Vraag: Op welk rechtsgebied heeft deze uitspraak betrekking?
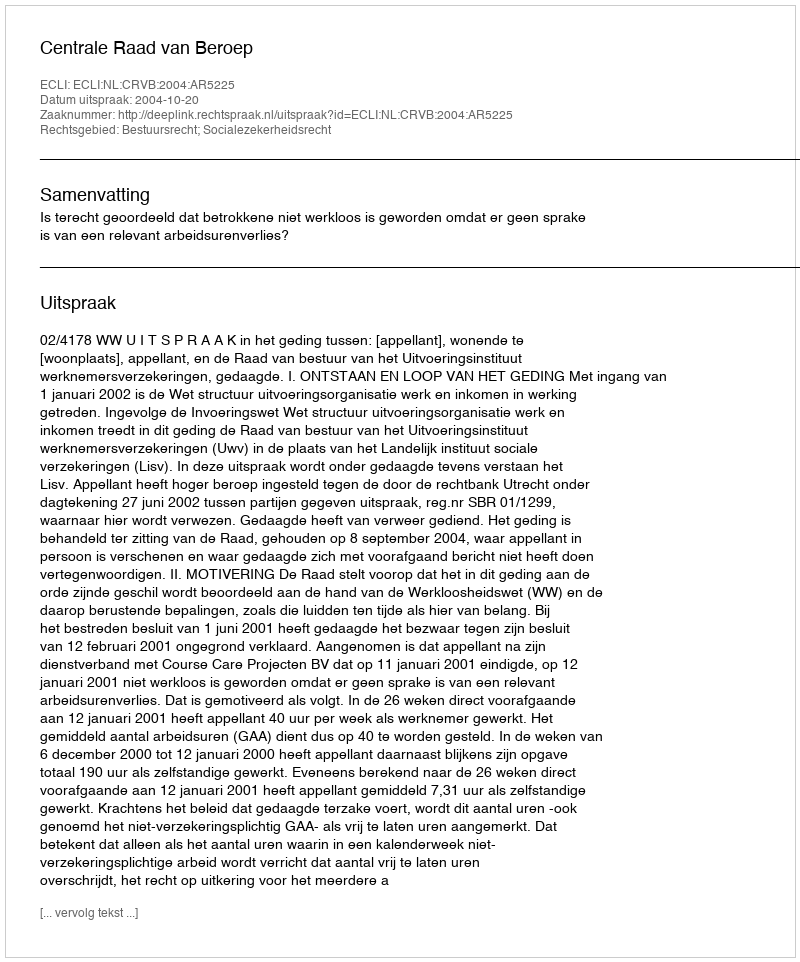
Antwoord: Bestuursrecht; Socialezekerheidsrecht